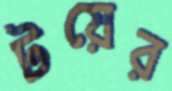
টয়ের